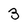
Character: 3